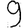
Digit: 9